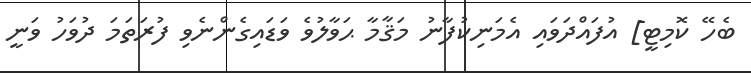
ބެހޭ ކޮމިޓީ] އުފައްދަވައި އެމަނިކުފާނު މަޤާމާ ޙަވާލުވެ ވަޑައިގެންނެވި ފުރަތަމަ ދުވަހު ވަނީ